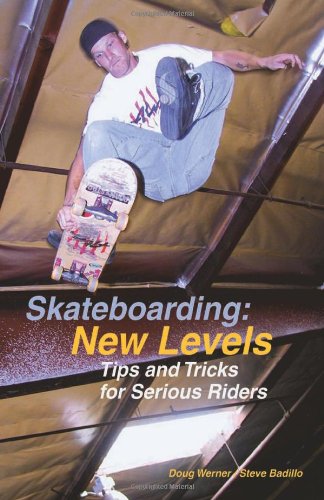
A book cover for Skateboarding: New Levels: Tips and Tricks for Serious Riders; Doug Werner; Sports & Outdoors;